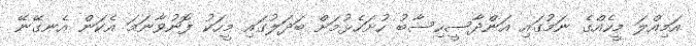
އަމިއްލަ މީހެއްގެ ނަމުގައި އަންދާސީހިސާބު ހުށަހެޅުމަށް ބަދަލުގައި މީހަކު ފޮނުވާނަމަ އެކަން އެނގޭނޭ